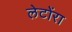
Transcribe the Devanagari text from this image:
लेटोंरा